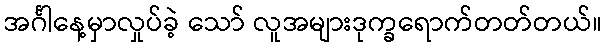
အင်္ဂါနေ့မှာလှုပ်ခဲ့ သော် လူအများဒုက္ခရောက်တတ်တယ်။